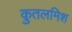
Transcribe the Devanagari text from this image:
क़ुतलमिश